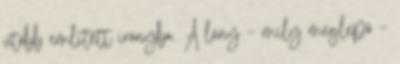
utóbb említett irányba. A lány – mily meglepő –